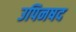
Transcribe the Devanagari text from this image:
उपिनषद